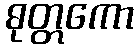
ဓုတ္တကော